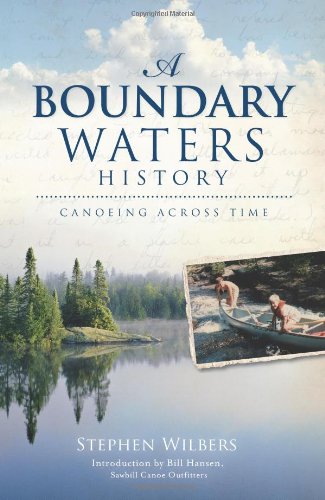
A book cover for A Boundary Waters History:: Canoeing Across Time; Stephen Wilbers; Travel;